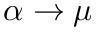
\alpha \to \mu